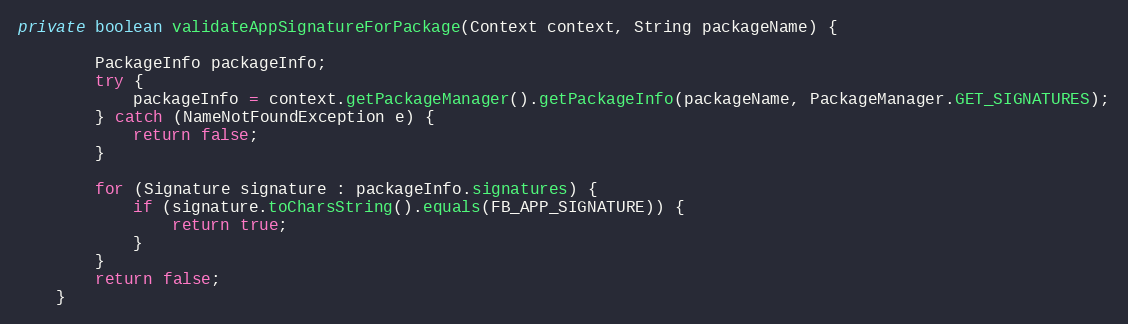
Language: Java
private boolean validateAppSignatureForPackage(Context context, String packageName) {

        PackageInfo packageInfo;
        try {
            packageInfo = context.getPackageManager().getPackageInfo(packageName, PackageManager.GET_SIGNATURES);
        } catch (NameNotFoundException e) {
            return false;
        }

        for (Signature signature : packageInfo.signatures) {
            if (signature.toCharsString().equals(FB_APP_SIGNATURE)) {
                return true;
            }
        }
        return false;
    }